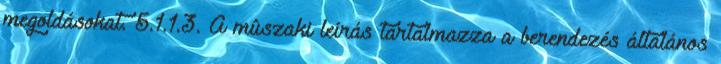
megoldásokat. 5.1.1.3. A mûszaki leírás tartalmazza a berendezés általános